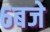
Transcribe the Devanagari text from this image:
६बजे